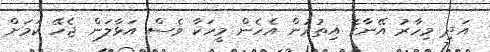
އަދި މިހާރު އޭނާގެ އިތުރުން އެހެން މީހަކާ ވެސް އަޅާލަން ޖެހޭ ކަމަށް